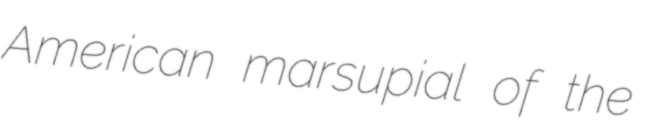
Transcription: American marsupial of the